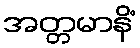
အတ္တမာနိံ